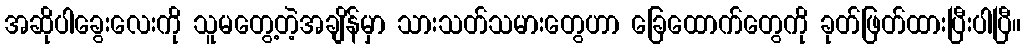
အဆိုပါခွေးလေးကို သူမတွေ့တဲ့အချိန်မှာ သားသတ်သမားတွေဟာ ခြေထောက်တွေကို ခုတ်ဖြတ်ထားပြီးပါပြီ။